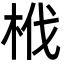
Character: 栰